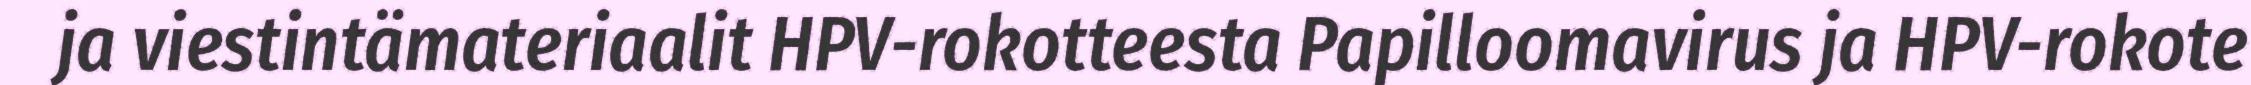
ja viestintämateriaalit HPV-rokotteesta Papilloomavirus ja HPV-rokote